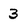
Character: 3